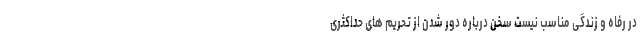
در رفاه و زندگی مناسب نیست سخن درباره دور شدن از تحریم های حداکثری